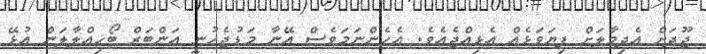
ޖޫދަށް އެދިމާލަށް ފިޔަވަޅެއް އެޅިއްޖެއެވެ. އެހެންނަމަވެސް އޭނާ މަޑުޖެހުނީ އަންބަރް ބޯހިއްލާލަން އުޅޭ